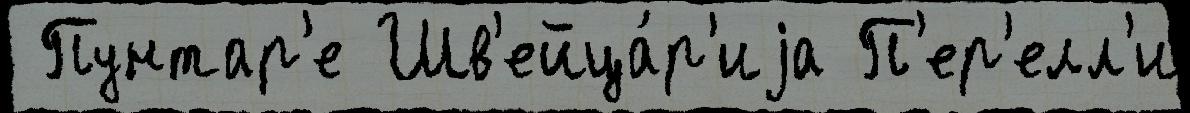
 Пунтар'е Шв'ейца́р'иjа П'ер'елл'и